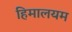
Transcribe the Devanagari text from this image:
हिमालयम